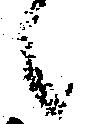
候